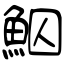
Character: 鮂